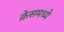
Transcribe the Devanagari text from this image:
क्रेसमध्ये